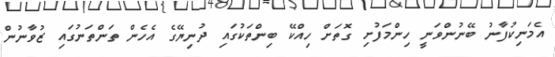
އެމަނިކުފާނު ބޭނުންވަނީ ހިންމަފުށި ގޮތަށް ހިއްކޭ ބިންތަކުގައި ދުނިޔޭގެ އެހެން ތަންތަނުގައި ޒުވާނުން